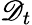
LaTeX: \mathscr{D}_{t}